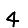
Digit: 4